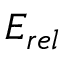
E _ { r e l }